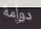
دوامة